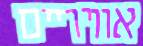
אוויריים